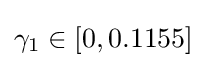
\gamma _{1}\in [0,0.1155]